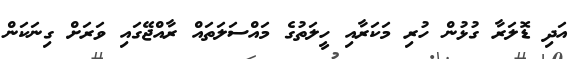
އަދި ޑޮލަރާ ގުޅުން ހުރި މަކަރާއި ހީލަތުގެ މައްސަލަތައް ރާއްޖޭގައި ވަރަށް ގިނަކަން